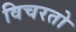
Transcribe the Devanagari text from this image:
विचरतो